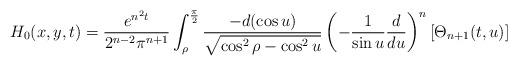
LaTeX: \begin{align*}H_0(x,y,t)=\frac{e^{n^{2}t}}{2^{n-2}\pi ^{n+1}}\int_{\rho }^{\frac{\pi }{2}}\frac{-d(\cos u)}{\sqrt{\cos ^{2}\rho -\cos ^{2}u}}\left( -\frac{1}{\sin u}\frac{d}{du}\right) ^{n}\left[ \Theta _{n+1}(t,u)\right]\end{align*}